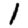
Digit: 1